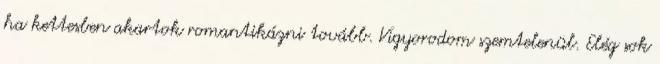
ha kettesben akartok romantikázni tovább. Vigyorodom szemtelenül. Elég sok